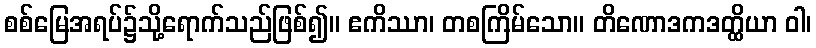
စစ်မြေအရပ်၌သို့ရောက်သည်ဖြစ်၍။ ဧကိဿာ၊ တစကြိမ်သော။ တိဏောဒကဒတ္ထိယာ ဝါ၊